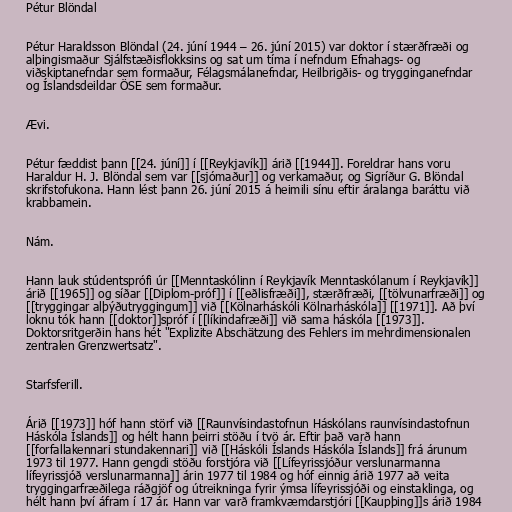
Pétur Blöndal

Pétur Haraldsson Blöndal (24. júní 1944 – 26. júní 2015) var doktor í stærðfræði og
alþingismaður Sjálfstæðisflokksins og sat um tíma í nefndum Efnahags- og
viðskiptanefndar sem formaður, Félagsmálanefndar, Heilbrigðis- og trygginganefndar
og Íslandsdeildar ÖSE sem formaður.

Ævi.

Pétur fæddist þann [[24. júní]] í [[Reykjavík]] árið [[1944]]. Foreldrar hans voru
Haraldur H. J. Blöndal sem var [[sjómaður]] og verkamaður, og Sigríður G. Blöndal
skrifstofukona. Hann lést þann 26. júní 2015 á heimili sínu eftir áralanga baráttu við
krabbamein.

Nám.

Hann lauk stúdentsprófi úr [[Menntaskólinn í Reykjavík Menntaskólanum í Reykjavík]]
árið [[1965]] og síðar [[Diplom-próf]] í [[eðlisfræði]], stærðfræði, [[tölvunarfræði]] og
[[tryggingar alþýðutryggingum]] við [[Kölnarháskóli Kölnarháskóla]] [[1971]]. Að því
loknu tók hann [[doktor]]spróf í [[líkindafræði]] við sama háskóla [[1973]].
Doktorsritgerðin hans hét "Explizite Abschätzung des Fehlers im mehrdimensionalen
zentralen Grenzwertsatz".

Starfsferill.

Árið [[1973]] hóf hann störf við [[Raunvísindastofnun Háskólans raunvísindastofnun
Háskóla Íslands]] og hélt hann þeirri stöðu í tvö ár. Eftir það varð hann
[[forfallakennari stundakennari]] við [[Háskóli Íslands Háskóla Íslands]] frá árunum
1973 til 1977. Hann gengdi stöðu forstjóra við [[Lífeyrissjóður verslunarmanna
lífeyrissjóð verslunarmanna]] árin 1977 til 1984 og hóf einnig árið 1977 að veita
tryggingarfræðilega ráðgjöf og útreikninga fyrir ýmsa lífeyrissjóði og einstaklinga, og
hélt hann því áfram í 17 ár. Hann var varð framkvæmdarstjóri [[Kaupþing]]s árið 1984